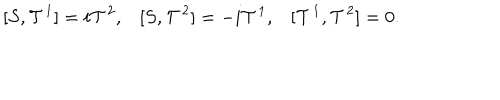
\begin{array} { l l l } { { [ S , { \cal T } ^ { 1 } ] = i { \cal T } ^ { 2 } , } } & { { [ S , { \cal T } ^ { 2 } ] = - i { \cal T } ^ { 1 } , } } & { { [ { \cal T } ^ { 1 } , { \cal T } ^ { 2 } ] = 0 . } } \\ \end{array}